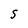
Character: s